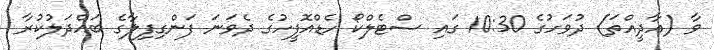
ވާ (އާދީއްތަ) ދުވަހުގެ 10:30 ގައި ސްޓެލްކޯ ހެޑްއޮފީހުގެ ދެވަނަ ފަންގިފިލާގެ ބައްދަލުކުރާ